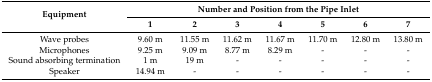
<table><thead><tr><td rowspan="2"><b>Equipment</b></td><td colspan="7"><b>Number and Position from the Pipe Inlet</b></td></tr><tr><td><b>1</b></td><td><b>2</b></td><td><b>3</b></td><td><b>4</b></td><td><b>5</b></td><td><b>6</b></td><td><b>7</b></td></tr></thead><tbody><tr><td>Wave probes</td><td>9.60 m</td><td>11.55 m</td><td>11.62 m</td><td>11.67 m</td><td>11.70 m</td><td>12.80 m</td><td>13.80 m</td></tr><tr><td>Microphones</td><td>9.25 m</td><td>9.09 m</td><td>8.77 m</td><td>8.29 m</td><td>-</td><td>-</td><td>-</td></tr><tr><td>Sound absorbing termination</td><td>1 m</td><td>19 m</td><td>-</td><td>-</td><td>-</td><td>-</td><td>-</td></tr><tr><td>Speaker</td><td>14.94 m</td><td>-</td><td>-</td><td>-</td><td>-</td><td>-</td><td>-</td></tr></tbody></table>